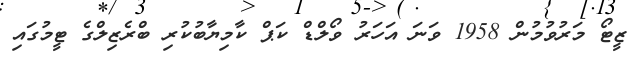
ޒީޓޯ މަރުވުމުން 1958 ވަނަ އަހަރު ވޯލްޑް ކަޕް ކާމިޔާބުކުރި ބްރެޒިލްގެ ޓީމުގައި